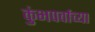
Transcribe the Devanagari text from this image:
कुंभपर्वाच्या